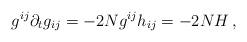
LaTeX: \begin{align*}g^{ij}\partial_t g_{ij}=-2N g^{ij}h_{ij}=-2N H\, ,\end{align*}